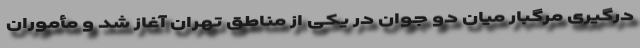
درگیری مرگبار میان دو جوان در یکی از مناطق تهران آغاز شد و مأموران